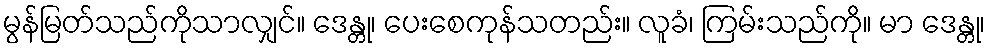
မွန်မြတ်သည်ကိုသာလျှင်။ ဒေန္တု၊ ပေးစေကုန်သတည်း။ လူခံ၊ ကြမ်းသည်ကို။ မာ ဒေန္တု၊